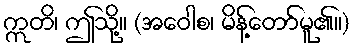
ဣတိ၊ ဤသို့။ (အဝေါစ၊ မိန့်တော်မူ၏။)